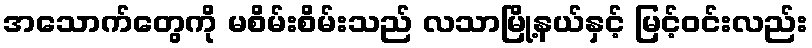
အသောက်တွေကို မစိမ်းစိမ်းသည် လသာမြို့နယ်နှင့် မြင့်ဝင်းလည်း